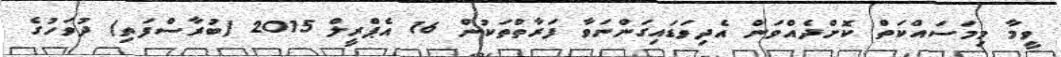
ވީމާ މިމަސައްކަތް ކޮށްދެއްވަން އެދިވަޑައިގަންނަވާ ފަރާތްތަކުން 16 އެޕްރީލް 2015 (ބުރާސްފަތި) ދުވަހުގެ